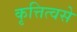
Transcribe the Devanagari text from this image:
कृत्तित्वसे